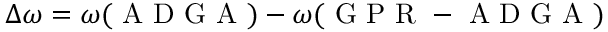
\Delta \omega = \omega ( \mathrm { ~ A ~ D ~ G ~ A ~ } ) - \omega ( \mathrm { ~ G ~ P ~ R ~ - ~ A ~ D ~ G ~ A ~ } )